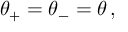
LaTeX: \: \theta _ { + } = \theta _ { - } = \theta \, , \: